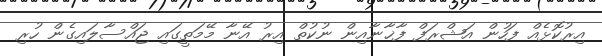
އިރުކޮޅެއް ފަހުން އަޝްރަފް ފާޚާނާއިން ނުކުތް އިރު އޭނާ މޭމަތީގައި ޖައްސާލައިގެން ހުރި